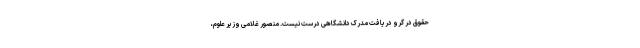
حقوق در گرو دریافت مدرک دانشگاهی درست نیست. منصور غلامی وزیر علوم،